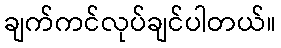
ချက်ကင်လုပ်ချင်ပါတယ်။